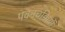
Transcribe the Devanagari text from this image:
पवनचक्कियों